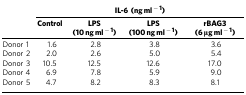
|  | <COLSPAN=4> IL-6 (ng ml−1) |
 |  | Control | LPS (10 ng ml−1) | LPS (100 ng ml−1) | rBAG3 (6 μg ml−1) |
 | --- | --- | --- | --- | --- |
 | Donor 1 | 1.6 | 2.8 | 3.8 | 3.6 |
 | Donor 2 | 2.0 | 2.6 | 5.0 | 5.4 |
 | Donor 3 | 10.5 | 12.5 | 12.6 | 17.0 |
 | Donor 4 | 6.9 | 7.8 | 5.9 | 9.0 |
 | Donor 5 | 4.7 | 8.2 | 8.3 | 8.1 |